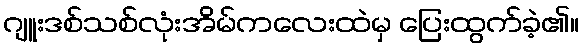
ဂျူးဒစ်သစ်လုံးအိမ်ကလေးထဲမှ ပြေးထွက်ခဲ့၏။